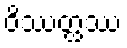
ဝိဿတ္ထဿ